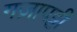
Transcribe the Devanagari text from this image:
गज़ापट्टी